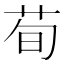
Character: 荀